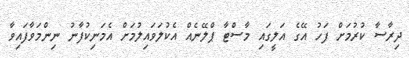
ދިރާސާ ކުރުމަށް ފަހު އޭގެ އަލީގައި މާސްޓާ ޕްލޭނެއް އެކުލަވައިލުމަށް އެމަނިކުފާނު ނިންމަވާފައިވާ